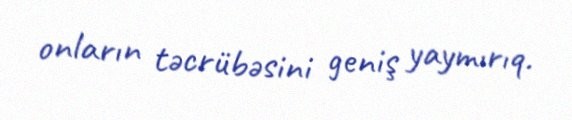
onların təcrübəsini geniş yaymırıq.